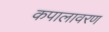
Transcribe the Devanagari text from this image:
कपालावरण